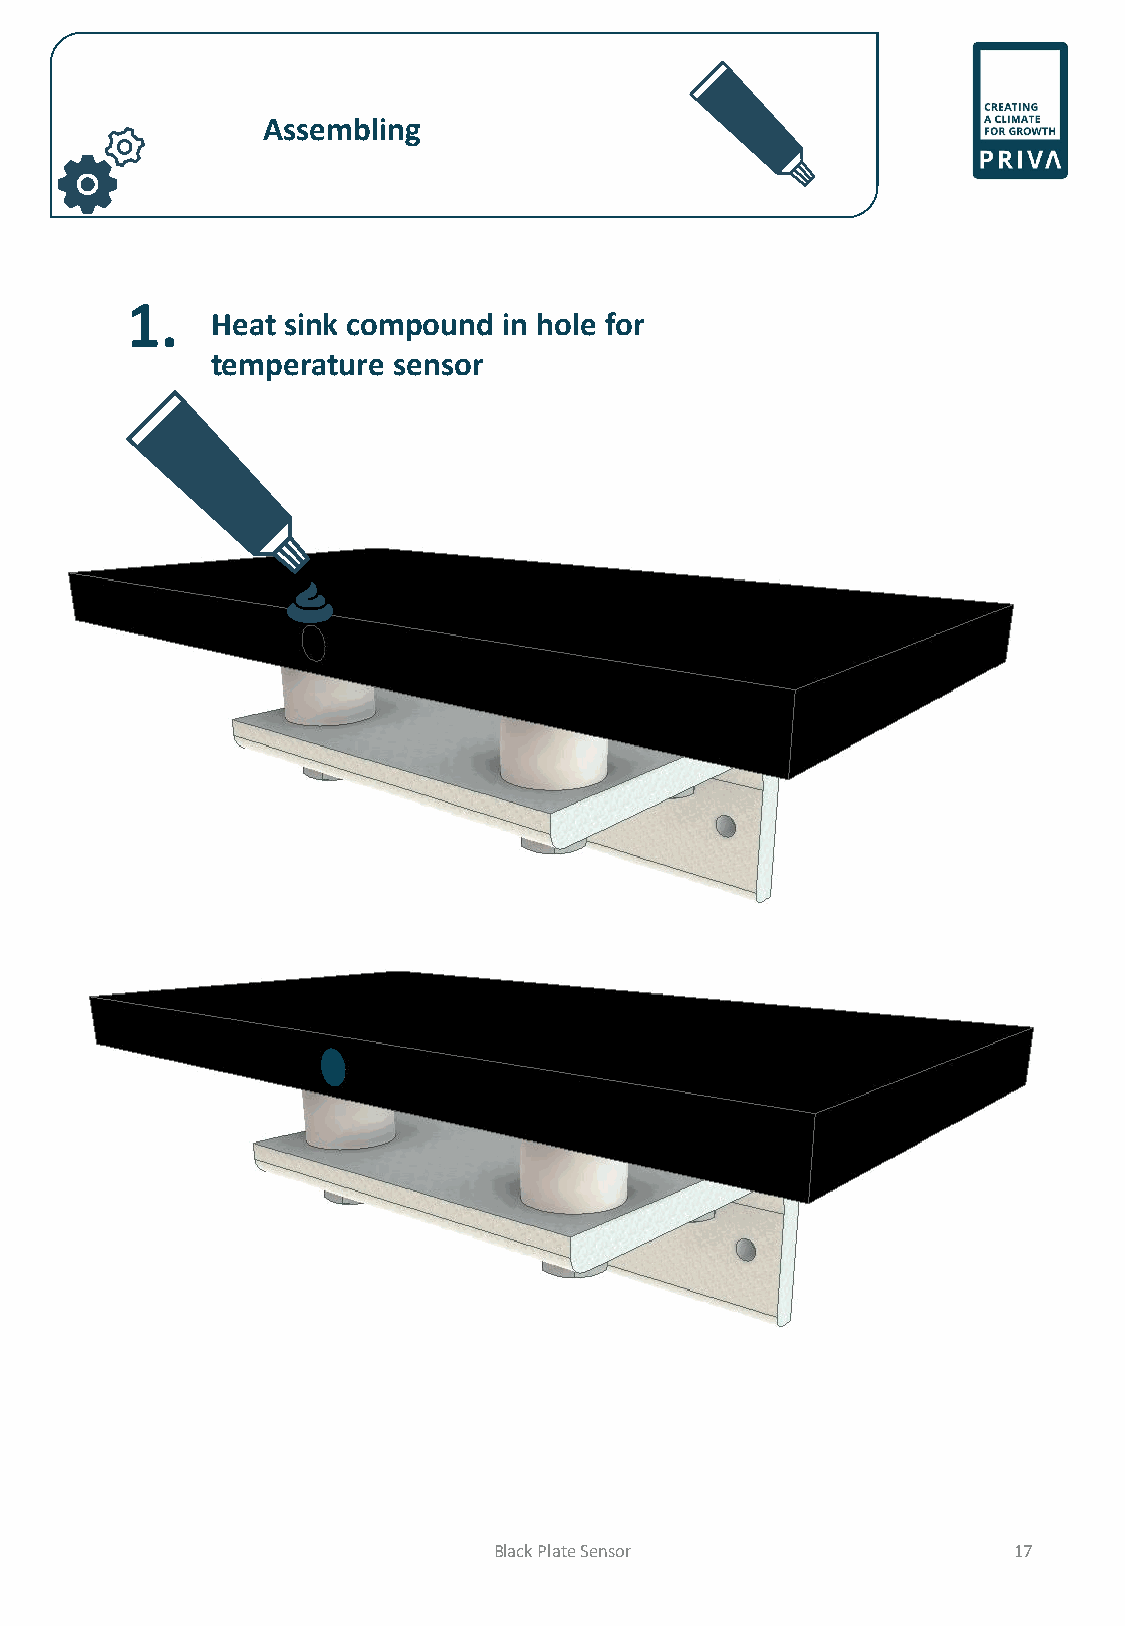
Assembling
 1.
 Heat sink compound in hole for
 temperature sensor
 Black Plate Sensor                17